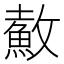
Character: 𲌶